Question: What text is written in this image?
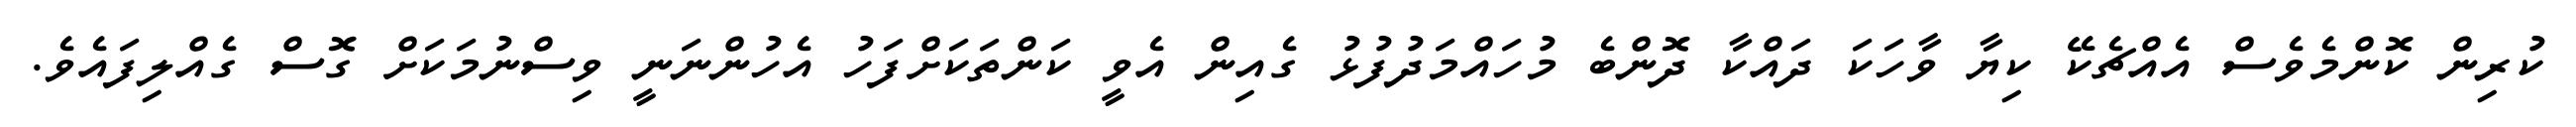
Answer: ކުރިން ކޮންމެވެސް އެއްޗެކޭ ކިޔާ ވާހަކަ ދައްކާ ދޮންބެ މުހައްމަދުފުޅު ގެއިން އެވީ ކަންތަކަށްފަހު އެހުންނަނީ ވިސްނުމަކަށް ގޮސް ގެއްލިފައެވެ.